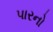
પારનો